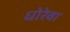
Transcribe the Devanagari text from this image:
धोरेवा